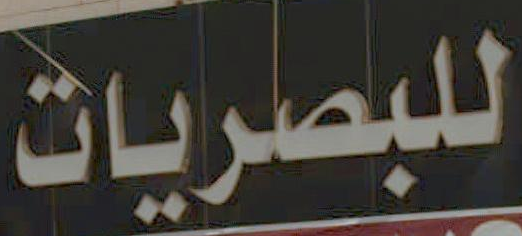
للبصريات